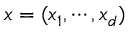
x = ( x _ { 1 } , \cdots , x _ { d } )